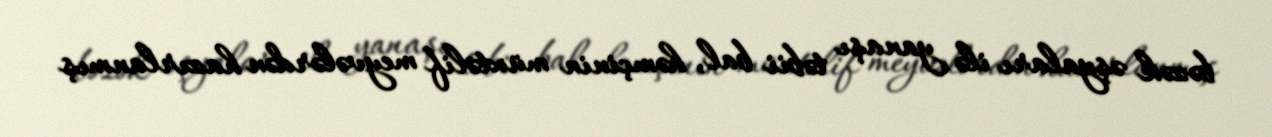
bəzək əşyaları ilə yanaşı təbii bal, həmçinin müxtəlif meyvələrdən hazırlanmış